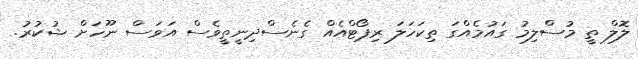
ލޮލް ތީ މުސްލިމު ގައުމެއްގަ ތިކަހަލަ ރިޕޯޓްއެއް ގެނެސްދިނީތީވެސް އަވަސް ނޫހަށް ޝުކުރު.